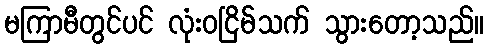
မကြာမီတွင်ပင် လုံးဝငြိမ်သက် သွားတော့သည်။